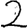
Digit: 2